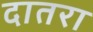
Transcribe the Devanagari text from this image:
दातरा